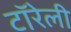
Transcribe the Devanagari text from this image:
टॉरेली